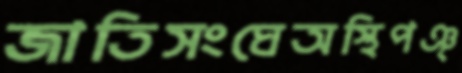
জাতিসংঘেঅস্থিপঞ্